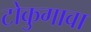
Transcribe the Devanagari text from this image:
टोकुगावा